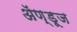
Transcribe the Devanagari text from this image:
ॲण्डूज